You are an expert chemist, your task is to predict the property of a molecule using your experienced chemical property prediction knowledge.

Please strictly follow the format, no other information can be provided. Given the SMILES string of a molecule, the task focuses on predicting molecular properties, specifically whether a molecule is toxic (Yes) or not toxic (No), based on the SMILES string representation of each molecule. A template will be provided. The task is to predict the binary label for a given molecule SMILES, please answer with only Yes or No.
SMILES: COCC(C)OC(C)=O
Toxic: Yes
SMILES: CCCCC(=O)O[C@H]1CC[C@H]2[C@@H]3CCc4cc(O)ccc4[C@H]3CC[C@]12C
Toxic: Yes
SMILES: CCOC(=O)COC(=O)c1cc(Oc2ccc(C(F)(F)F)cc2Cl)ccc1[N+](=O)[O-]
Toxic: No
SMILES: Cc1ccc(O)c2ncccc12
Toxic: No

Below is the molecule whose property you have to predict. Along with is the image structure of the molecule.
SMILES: CNC(=O)c1c(I)c(NC(=O)CCCCC(=O)Nc2c(I)c(C(=O)O)c(I)c(C(=O)NC)c2I)c(I)c(C(=O)O)c1I
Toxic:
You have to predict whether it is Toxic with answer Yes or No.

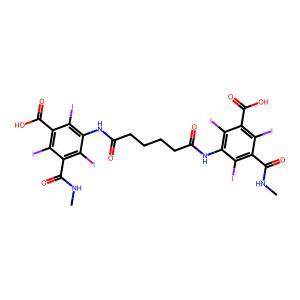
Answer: No